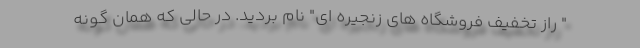
" راز تخفیف فروشگاه های زنجیره ای" نام بردید. در حالی که همان گونه